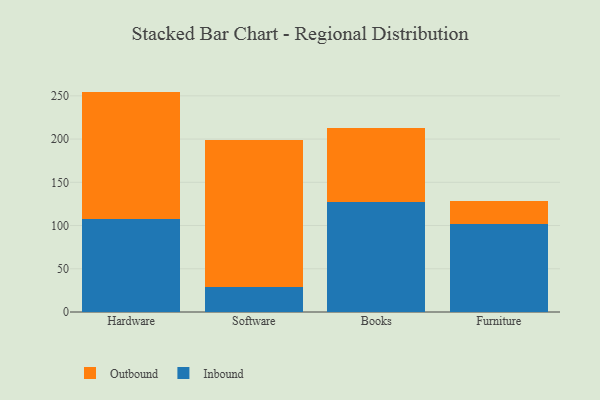
{"axis": {"x": "Category", "y": "Satisfaction Score"}, "legend": ["Inbound", "Outbound"], "data": [{"x": "Hardware", "y": 107.0, "type": "Inbound"}, {"x": "Hardware", "y": 147.9, "type": "Outbound"}, {"x": "Software", "y": 29.3, "type": "Inbound"}, {"x": "Software", "y": 170.0, "type": "Outbound"}, {"x": "Books", "y": 127.8, "type": "Inbound"}, {"x": "Books", "y": 84.8, "type": "Outbound"}, {"x": "Furniture", "y": 101.3, "type": "Inbound"}, {"x": "Furniture", "y": 27.6, "type": "Outbound"}]}